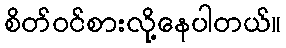
စိတ်ဝင်စားလို့နေပါတယ်။